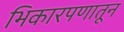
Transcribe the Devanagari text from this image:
भिकारपणातून